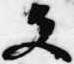
文